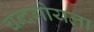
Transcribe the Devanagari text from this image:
चन्दगोयला